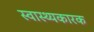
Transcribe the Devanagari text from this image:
स्वास्थ्यकारक